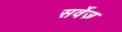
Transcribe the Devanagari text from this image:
सर्वेज़